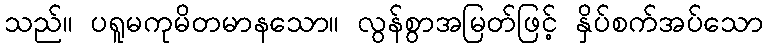
သည်။ ပရူမကုမိတမာနသော။ လွန်စွာအမြတ်ဖြင့် နှိပ်စက်အပ်သော